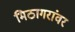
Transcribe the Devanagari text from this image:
मिठागरांवर